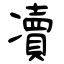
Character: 凟